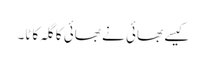
کیسے بھائی نے بھائی کا گلہ کاٹا۔